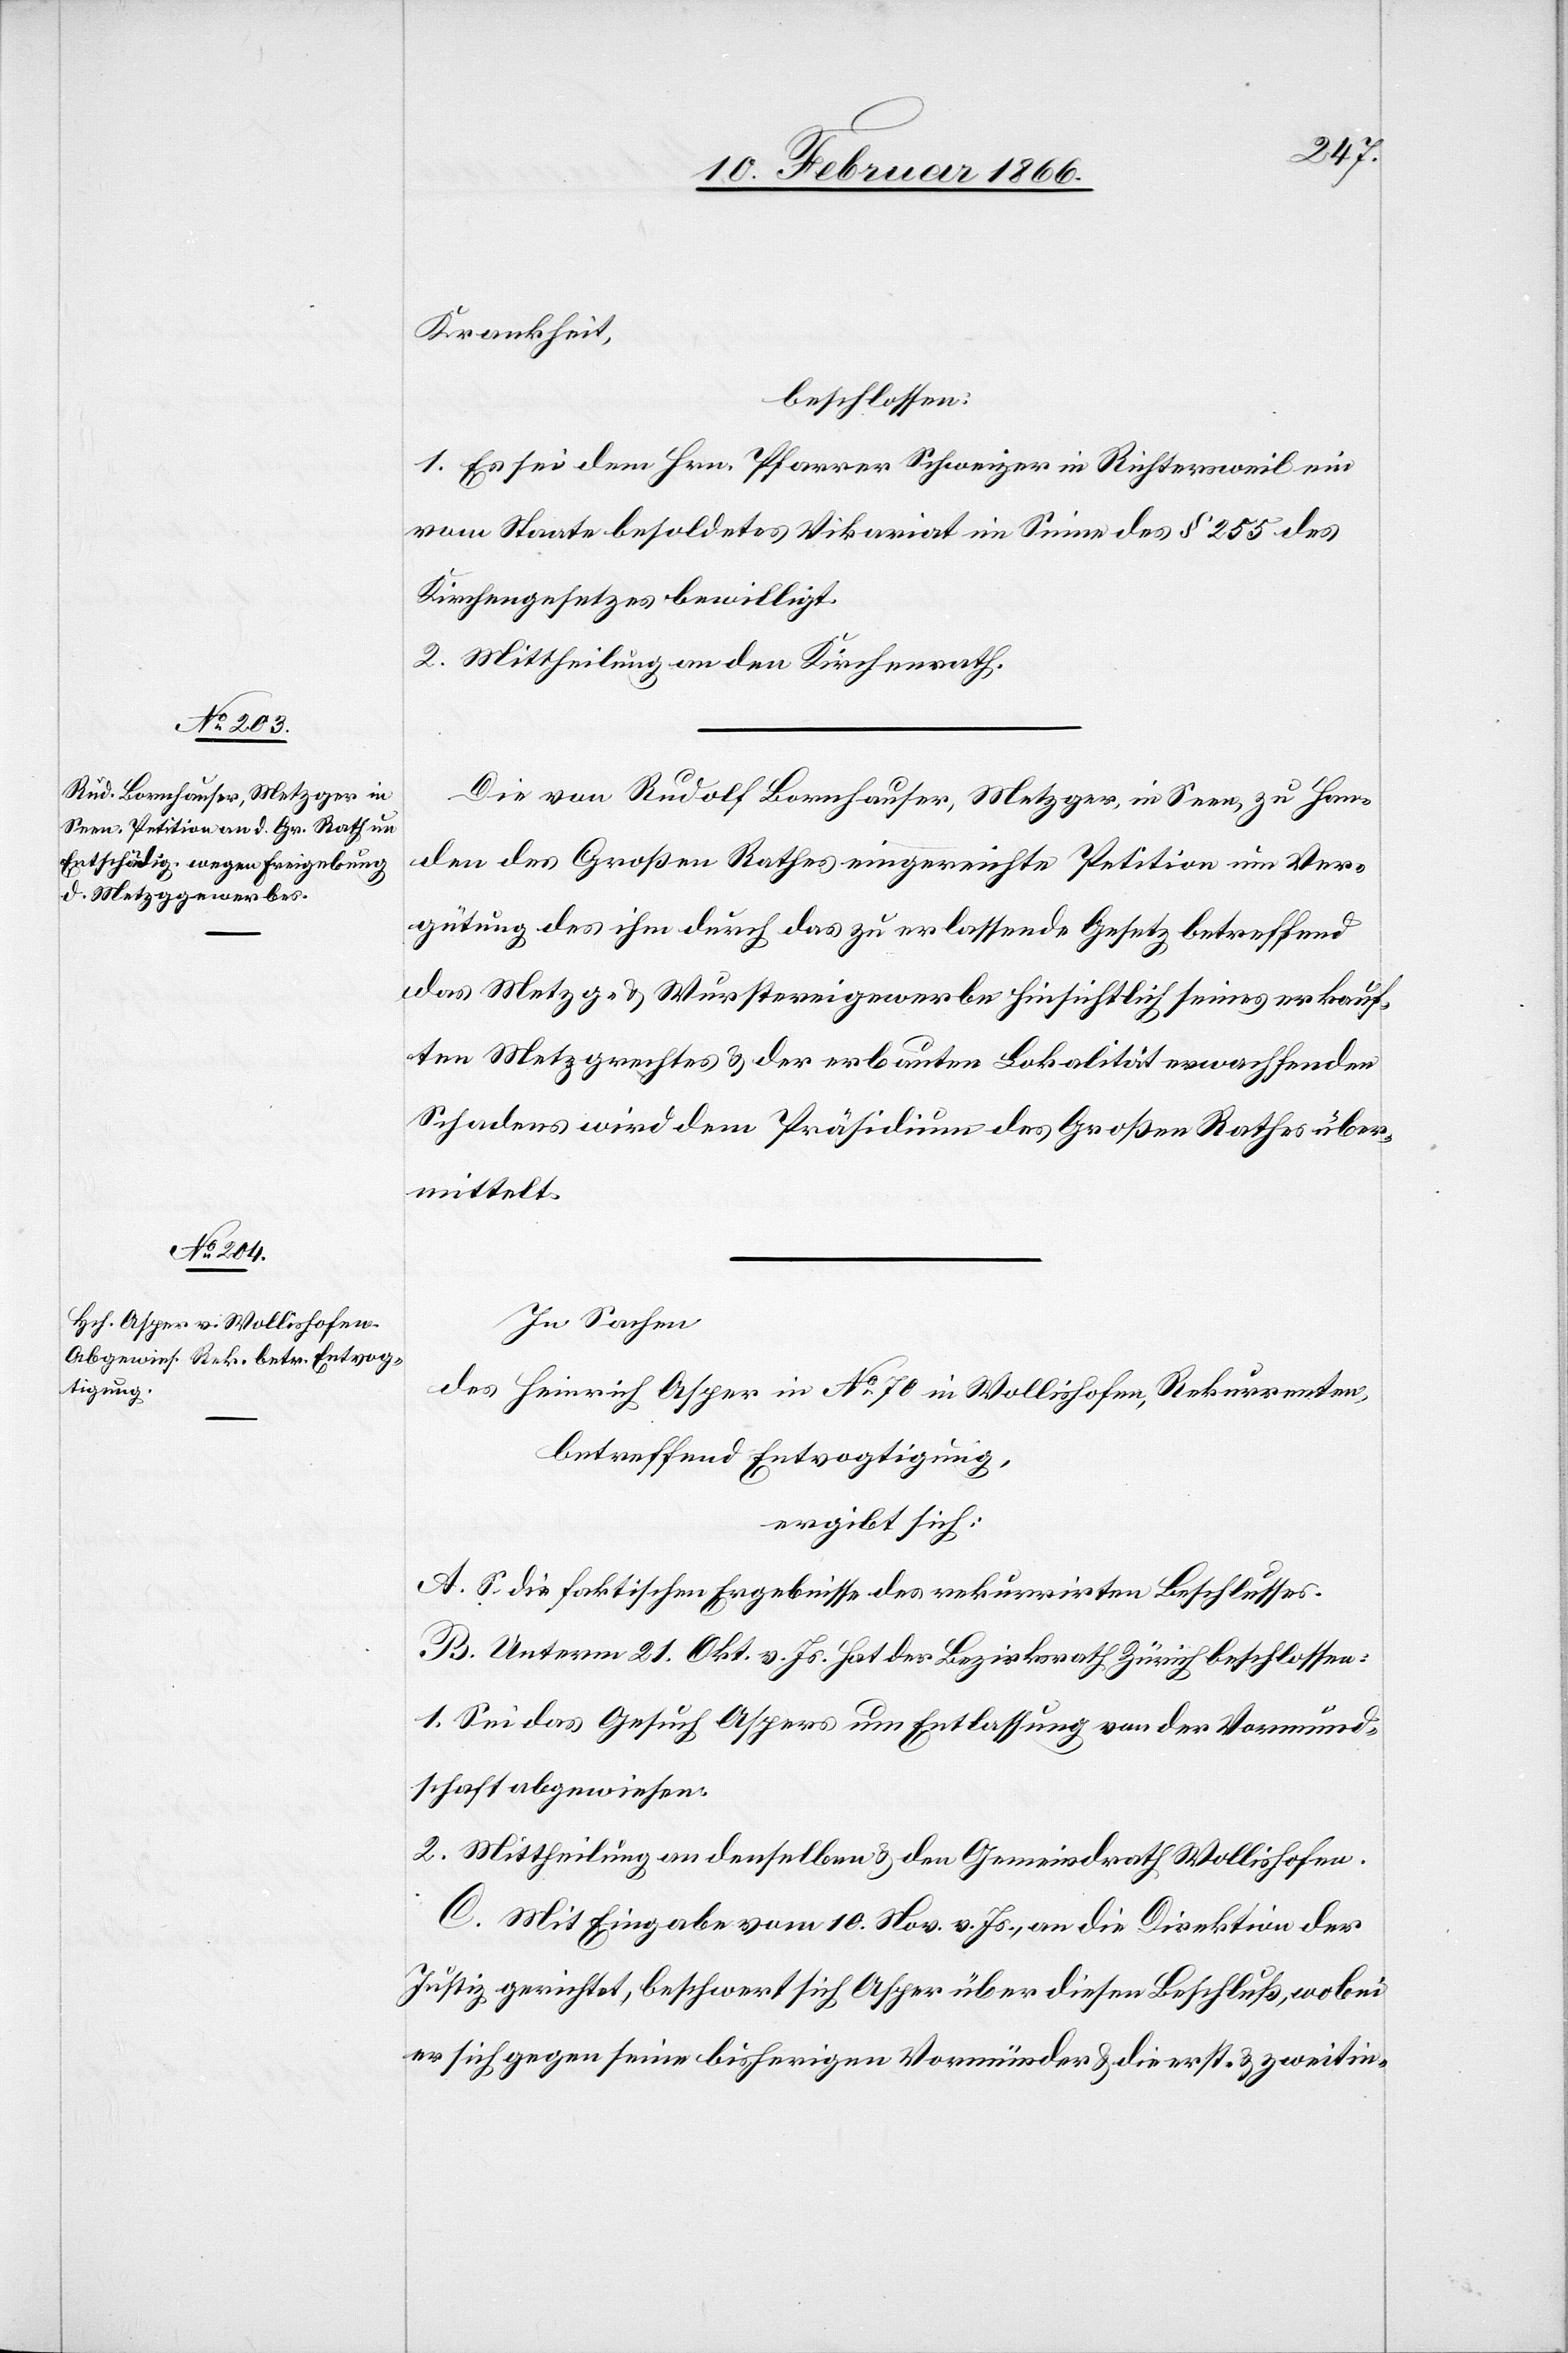
Krankheit
beschlossen:
1. Es sei dem Hrn. Pfarrer Schweizer in Richtersweil ein
vom Staate besoldetes Vikariat im Sinne des § 255 des
Kirchengesetzes bewilligt.
2. Mittheilung an den Kirchenrath.
Die von Rudolf Bornhauser, Metzger in Seen, zu Han¬
den des Großen Rathes eingereichte Petition um Ver¬
gütung des ihm durch das zu erlassende Gesetz betreffend
das Metzg- u. Wurstereigewerbe hinsichtlich seines erkauf¬
ten Metzgrechtes u. der erbauten Lokalität erwachsenden
Schadens wird dem Präsidium des Großen Rathes über¬
mittelt.
In Sachen,
des Heinrich Asper in No. 70 in Wollishofen, Rekurrenten,
betreffend Entvogtigung,
ergibt sich:
A. S. die faktischen Ergebnisse des rekurrirten Beschlusses.
B. Unterm 21. Okt. v. Js. hat der Bezirksrath Zürich beschlossen:
1. Sei das Gesuch Aspers um Entlassung von der Vormund¬
schaft abgewiesen.
2. Mittheilung an denselben u. den Gemeindrath Wollishofen.
C. Mit Eingabe vom 10. Nov. v. Js., an die Direktion der
Justiz gerichtet, beschwert sich Asper über diesen Beschluß, wobei
er sich gegen seine bisherigen Vormünder u. die erst. u. zweitin-